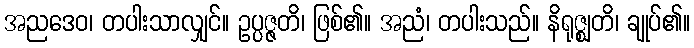
အညဒေဝ၊ တပါးသာလျှင်။ ဥပ္ပဇ္ဇတိ၊ ဖြစ်၏။ အညံ၊ တပါးသည်။ နိရုဇ္ဈတိ၊ ချုပ်၏။